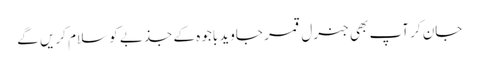
جان کر آپ بھی جنرل قمر جاوید باجوہ کے جذبے کو سلام کریں گے